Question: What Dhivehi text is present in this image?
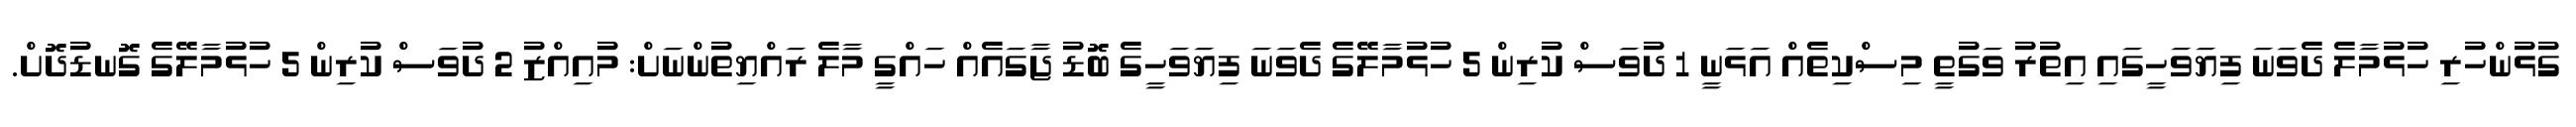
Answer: ގުޅުންހުރި ހުޅުމާލެ ދެވަނަ ފިޔަވަހީގައި އިތުރު ވަގުތީ މިސްކިތެއް އަޅަނީ 1 ދުވަސް ކުރިން 5 ހުޅުމާލޭގެ ދެވަނަ ފިޔަވަހީގެ ބޮޑު ޖާގައެއް ހައްގީ މާލެ ރައްޔިތުންނަށް: މުއިއްޒު 2 ދުވަސް ކުރިން 5 ހުޅުމާލޭގެ ގޮނޑުދޮށް.